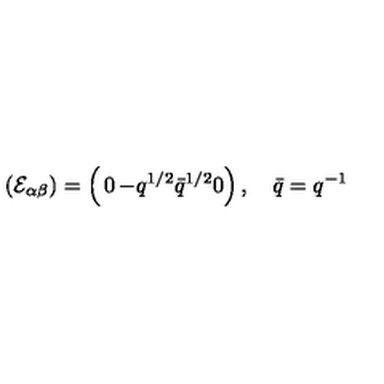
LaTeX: \left( { \cal E } _ { \alpha \beta } \right) = \left( \begin{matrix} { 0 } & { - q ^ { 1 / 2 } } \\ { \bar { q } ^ { 1 / 2 } } & { 0 } \\ \end{matrix} \right) , \quad \bar { q } = q ^ { - 1 }